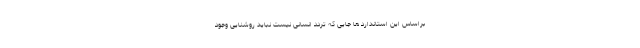
براساس این استاندارد ها جایی که تردد انسانی نیست نباید روشنایی وجود